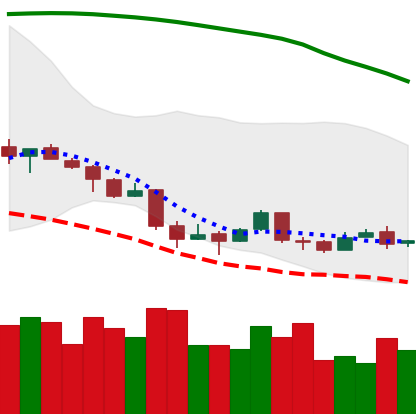
Ticker: BTC-USD
Chart end date: 2018-04-10
Forward return: 21.864%
Label: up_7plus